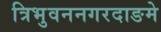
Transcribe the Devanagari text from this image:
त्रिभुवननगरदाङमे